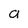
Character: a